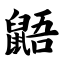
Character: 鼯